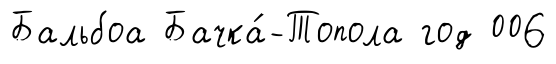
Бальбоа Бачка́-Топола год 006